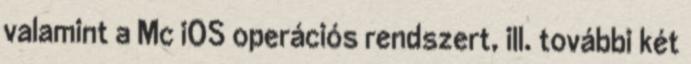
valamint a Mc iOS operációs rendszert, ill. további két